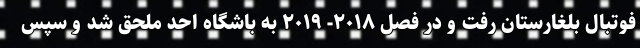
فوتبال بلغارستان رفت و در فصل ۲۰۱۸- ۲۰۱۹ به باشگاه احد ملحق شد و سپس